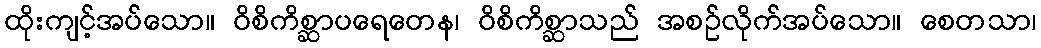
ထိုးကျင့်အပ်သော။ ဝိစိကိစ္ဆာပရေတေန၊ ဝိစိကိစ္ဆာသည် အစဉ်လိုက်အပ်သော။ စေတသာ၊